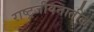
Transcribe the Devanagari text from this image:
राष्ट्रजीवनातील